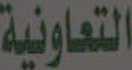
التعاونية